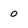
Character: 0